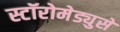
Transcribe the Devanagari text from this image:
स्टॉरोमेड्युसे